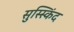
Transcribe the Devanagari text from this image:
सुस्स्किंद